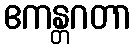
ဧကန္တဂတာ